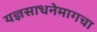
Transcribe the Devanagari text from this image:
यज्ञसाधनेमागचा